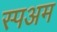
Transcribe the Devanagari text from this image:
स्पअम